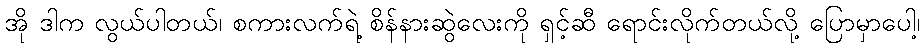
အို ဒါက လွယ်ပါတယ်၊ စကားလက်ရဲ့ စိန်နားဆွဲလေးကို ရှင့်ဆီ ရောင်းလိုက်တယ်လို့ ပြောမှာပေါ့၊